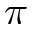
\pi